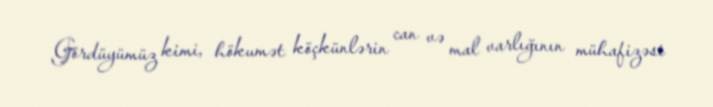
Gördüyümüz kimi, hökumət köçkünlərin can və mal varlığının mühafizəsi